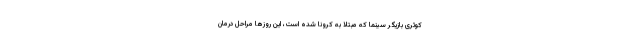
کوثری بازیگر سینما که مبتلا به کرونا شده است، این روزها مراحل درمان